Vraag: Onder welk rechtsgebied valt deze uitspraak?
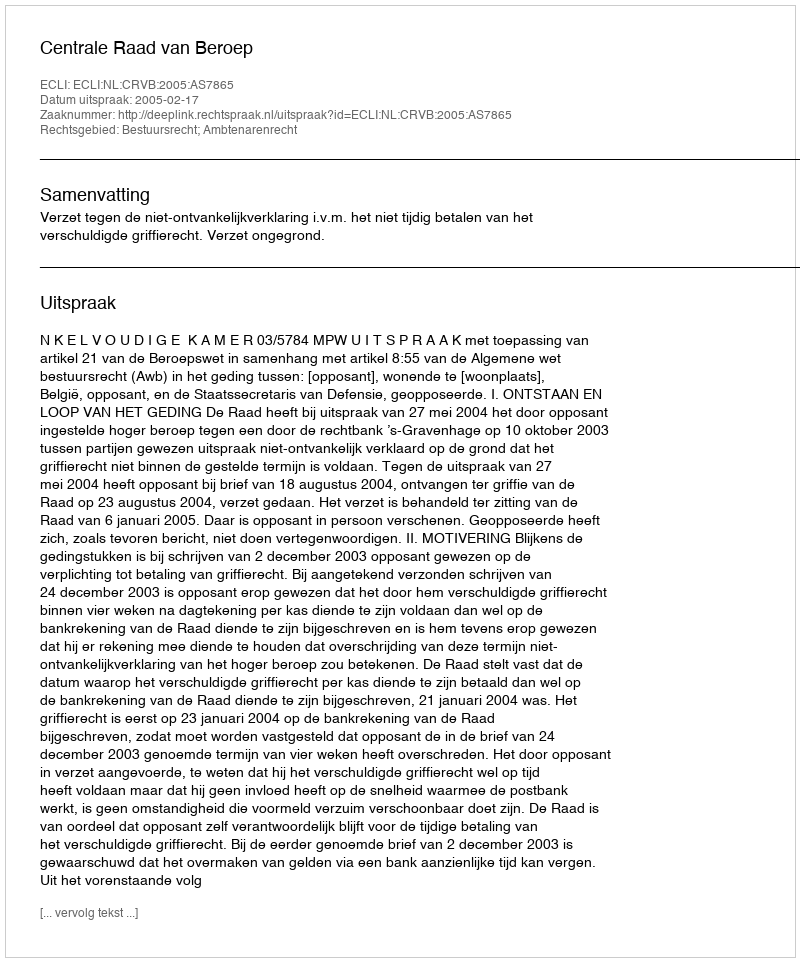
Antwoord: Bestuursrecht; Ambtenarenrecht